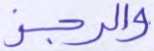
والرجز